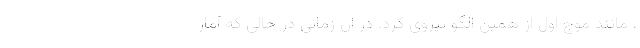
، مانند موج اول از همین الگو پیروی کرد. در آن زمانی در حالی که آمار